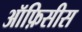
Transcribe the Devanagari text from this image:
ऑफ़िसीस